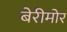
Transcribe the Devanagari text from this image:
बेरीमोर